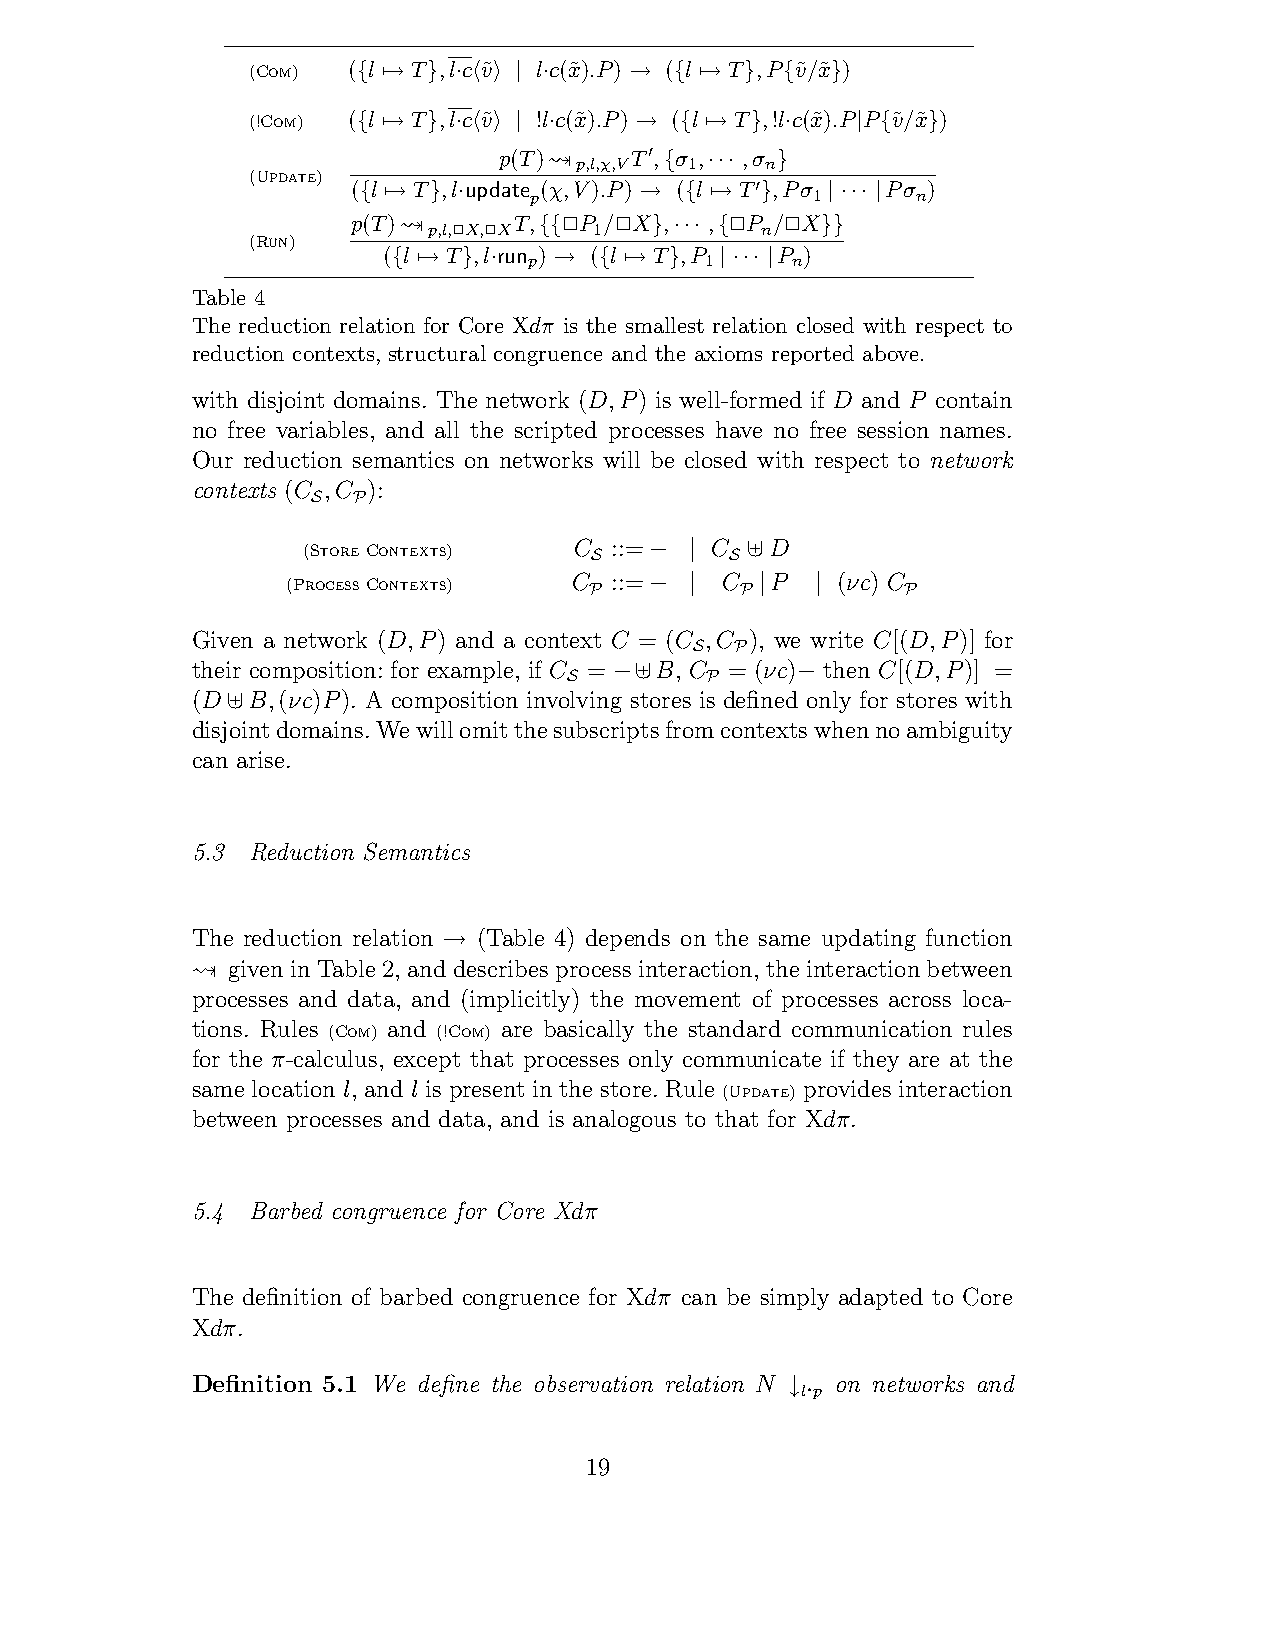
(Com)  ( l T ,l c v˜ l c(x˜).P) ( l T ,P v˜/x˜ )
 { -→ } · ’ ( | ·  →  { -→ } {  }
 (!Com) ( l T ,l c v˜ !l c(x˜).P) ( l T ,!l c(x˜).P P v˜/x˜ )
 { -→ } · ’ ( | ·  →  { -→ } ·    | { }
 p(T)!!p,l,χ,VT !, σ 1, ,σ
 n
 (Update)                    {  ··· }
 ( l T ,l update (χ,V).P) ( l T ,Pσ  Pσ )
 { -→ } ·   p      →  { -→ ! } 1 | ··· | n
 p(T)!!p,l,!X,!XT, !P 1/!X , , !P n/!X
 (Run)               {{     } ··· {    }}
 ( l T ,l run ) ( l T ,P   P )
 p           1    n
 { -→ } ·   →  { -→ }  | ··· |
 Table 4
 The reduction relation for Core Xdπ is the smallest relation closed with respect to
 reduction contexts, structural congruence and the axioms reported above.
 with disjoint domains. The network (D,P) is well-formed if D and P contain
 no free variables, and all the scripted processes have no free session names.
 Our reduction semantics on networks will be closed with respect to network
 contexts (C ,C ):
 S P
 (StoreContexts)   C ::=    C   D
 S   −  | S /
 (ProcessContexts)  C ::=     C  P   (νc) C
 P   −  |  P |  |     P
 Given a network (D,P) and a context C = (C ,C ), we write C[(D,P)] for
 S  P
 their composition: for example, if C = B, C = (νc) then C[(D,P)] =
 S  −/    P     −
 (D B,(νc)P). A composition involving stores is defined only for stores with
 /
 disjointdomains.Wewillomitthesubscriptsfromcontextswhennoambiguity
 can arise.
 5.3 Reduction Semantics
 The reduction relation (Table 4) depends on the same updating function
 →
 "! given in Table 2, and describes process interaction,the interactionbetween
 processes and data, and (implicitly) the movement of processes across loca-
 tions. Rules (Com) and (!Com) are basically the standard communication rules
 for the π-calculus, except that processes only communicate if they are at the
 same location l, and l is present in the store. Rule (Update) provides interaction
 between processes and data, and is analogous to that for Xdπ.
 5.4 Barbed congruence for Core Xdπ
 The definition of barbed congruence for Xdπ can be simply adapted to Core
 Xdπ.
 Definition 5.1 We define the observation relation N on networks and
 l p
 ↓·
 19